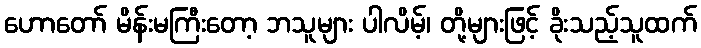
ဟောတော် မိန်းမကြီးတော့ ဘသူများ ပါလိမ့်၊ တို့များဖြင့် ခိုးသည့်သူထက်